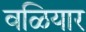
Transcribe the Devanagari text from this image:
वळियार